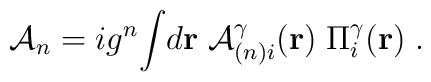
{\cal{A}}_{n}=ig^n{\int}d{\bf{r}}\;{\cal{A}}_{(n)i}^{\gamma}({\bf{r}})\;\Pi_i^{\gamma}({\bf{r}})\;.